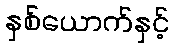
နှစ်ယောက်နှင့်